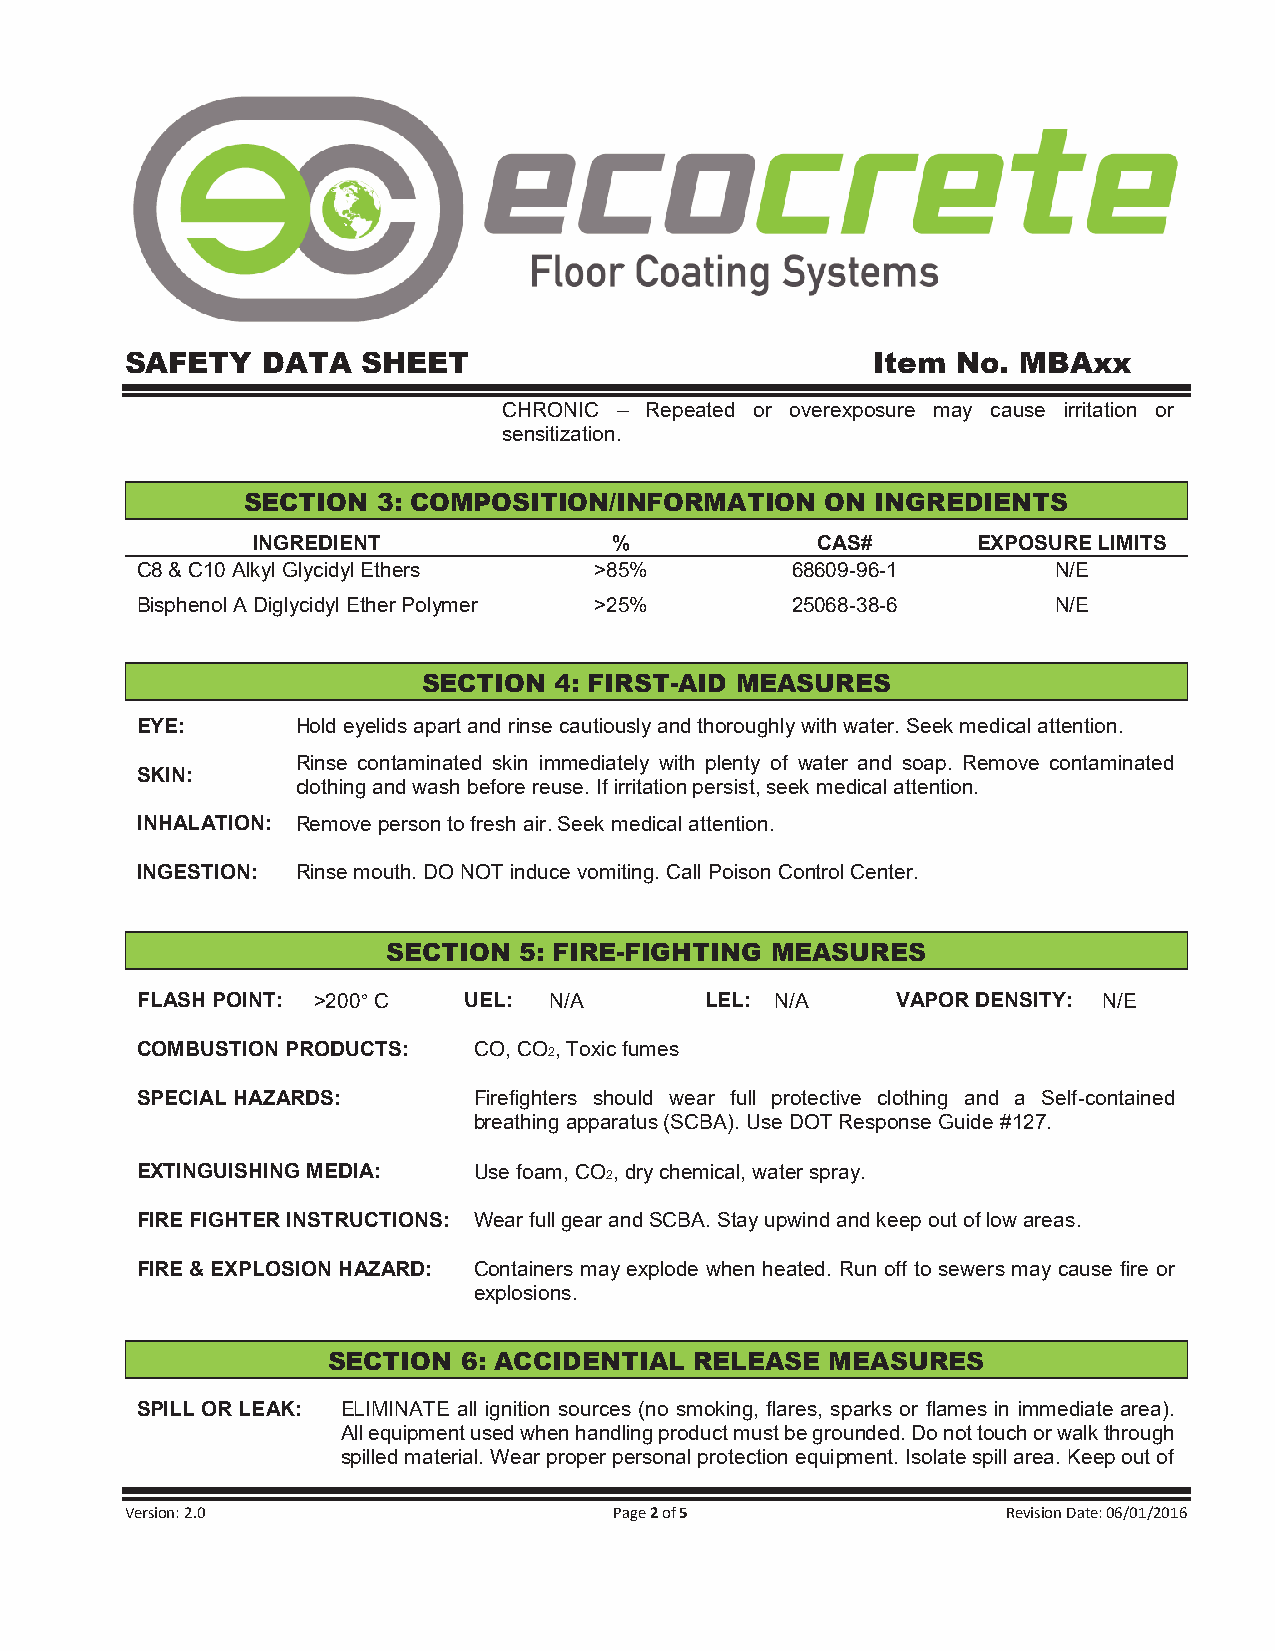
SAFETY   DATA   SHEET                             Item No.  MBAxx
 CHRONIC – Repeated or overexposure may cause irritation or
 sensitization.
 SECTION  3: COMPOSITION/INFORMATION    ON INGREDIENTS
 INGREDIENT              %            CAS#       EXPOSURE LIMITS
 C8 & C10 Alkyl Glycidyl Ethers >85%        68609-96-1        N/E
 Bisphenol A Diglycidyl Ether Polymer >25%  25068-38-6        N/E
 SECTION  4: FIRST-AID MEASURES
 EYE:       Hold eyelids apart and rinse cautiously and thoroughly with water. Seek medical attention.
 Rinse contaminated skin immediately with plenty of water and soap. Remove contaminated
 SKIN:
 clothing and wash before reuse. If irritation persist, seek medical attention.
 INHALATION: Remove person to fresh air. Seek medical attention.
 INGESTION: Rinse mouth. DO NOT induce vomiting. Call Poison Control Center.
 SECTION 5: FIRE-FIGHTING MEASURES
 FLASH POINT: >200° C  UEL: N/A        LEL: N/A    VAPOR DENSITY: N/E
 COMBUSTION PRODUCTS:  CO, CO , Toxic fumes
 2
 SPECIAL HAZARDS:      Firefighters should wear full protective clothing and a Self-contained
 breathing apparatus (SCBA). Use DOT Response Guide #127.
 EXTINGUISHING MEDIA:  Use foam, CO , dry chemical, water spray.
 2
 FIRE FIGHTER INSTRUCTIONS: Wear full gear and SCBA. Stay upwind and keep out of low areas.
 FIRE & EXPLOSION HAZARD: Containers may explode when heated. Run off to sewers may cause fire or
 explosions.
 SECTION  6: ACCIDENTIAL RELEASE  MEASURES
 SPILL OR LEAK: ELIMINATE all ignition sources (no smoking, flares, sparks or flames in immediate area).
 All equipment used when handling product must be grounded. Do not touch or walk through
 spilled material. Wear proper personal protection equipment. Isolate spill area. Keep out of
 Version: 2.0                     Page 2 of 5               Revision Date: 06/01/2016